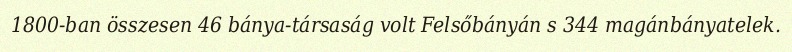
1800-ban összesen 46 bánya-társaság volt Felsőbányán s 344 magánbányatelek.